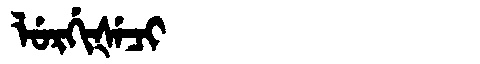
Manchu: ᠯᡠᡵᡤᡳᡧᡝᠴᡳ
Romanization: LURGIŠECI